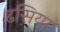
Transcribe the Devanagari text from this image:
ढसिया